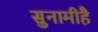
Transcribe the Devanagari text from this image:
सुनामीहै